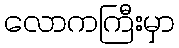
လောကကြီးမှာ